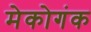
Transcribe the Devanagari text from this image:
मेकोगंक